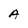
Character: A